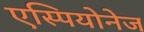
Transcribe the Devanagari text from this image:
एस्पियोनेज